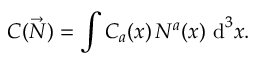
C ( { \vec { N } } ) = \int C _ { a } ( x ) \, N ^ { a } ( x ) \, \operatorname { d } ^ { 3 } \! x .